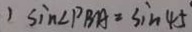
1 \sin \angle P B A = \sin 4 5 ^ { \circ }